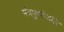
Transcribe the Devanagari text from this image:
मंत्रपुष्पांजलि